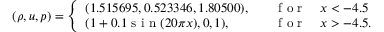
( \rho , u , p ) = \left\{ \begin{array} { l l } { ( 1 . 5 1 5 6 9 5 , 0 . 5 2 3 3 4 6 , 1 . 8 0 5 0 0 ) , \quad } & { \mathrm { ~ f ~ o ~ r ~ } \quad x < - 4 . 5 } \\ { ( 1 + 0 . 1 \mathrm { ~ s ~ i ~ n ~ } ( 2 0 \pi x ) , 0 , 1 ) , \quad } & { \mathrm { ~ f ~ o ~ r ~ } \quad x > - 4 . 5 . } \end{array} \right.